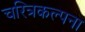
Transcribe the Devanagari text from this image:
चरित्रकल्पना